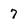
Character: 7